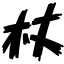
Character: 杖